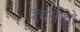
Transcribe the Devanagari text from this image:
वचनें।तो